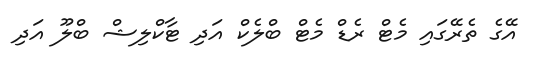
އޭގެ ތެރޭގައި މެޓް ރެޑް މެޓް ބްލެކް އަދި ޓާކްލިޝް ބްލޫ އަދި